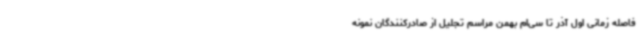
فاصله زمانی اول آذر تا سی‌ام بهمن مراسم تجلیل از صادرکنندگان نمونه